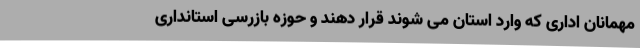
مهمانان اداری که وارد استان می شوند قرار دهند و حوزه بازرسی استانداری